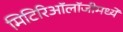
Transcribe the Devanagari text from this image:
मिटिरिऑलॉजीमध्ये